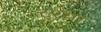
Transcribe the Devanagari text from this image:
दृश्या